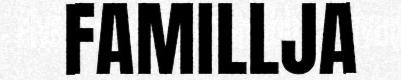
FAMILLJA